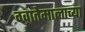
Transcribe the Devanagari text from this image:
ग्वातेमालाच्या